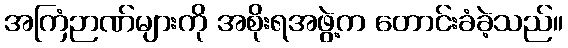
အကြံဉာဏ်များကို အစိုးရအဖွဲ့က တောင်းခံခဲ့သည်။